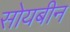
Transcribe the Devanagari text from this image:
सोयबीन